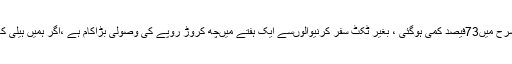
انہوںنے کہا کہ ہمارے آپریشن کے بعد بغیر ٹکٹ سفرکرنیوالوں کی شرح میں73فیصد کمی ہوگئی ، بغیر ٹکٹ سفر کرنیوالوںسے ایک ہفتے میںچھ کروڑ روپے کی وصولی بڑاکام ہے ،اگر ہمیں ہیلی کاپٹر کرائے پر لے کر بھی چھاپے مارنے پڑے دریغ نہیں کریں گے ۔